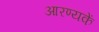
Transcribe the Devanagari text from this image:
आरण्यकें